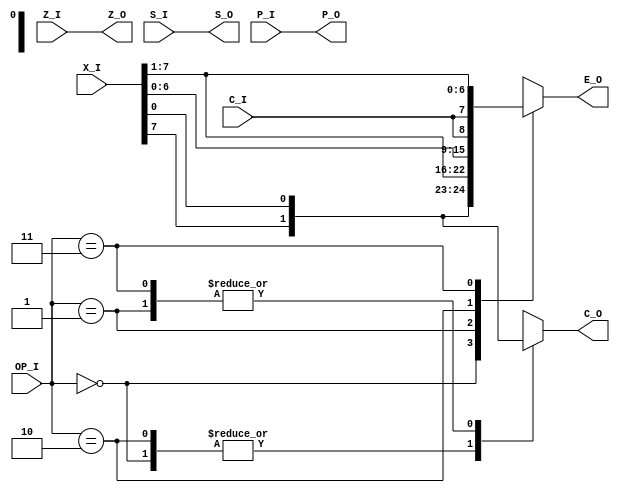
// **********
// COPYRIGHT(c) 2018, LUOYIN
// All rights reserved
// 
// IP LIB INDEX	:
// IP Name		: Intel8008
// Module Name	: cpu_rotate
// Full Name	: CPU Rotator
// 
// Data			: 2018/04/09
// Version		: 1.0
//
// Abstract		:
// Called By	: 
// 
// Modification Histroy
// 
// **********

// **********
// DEFINE MODEL PORT
// **********
//
module cpu_rotate(
	X_I, C_I, Z_I, S_I, P_I, OP_I,
	E_O, C_O, Z_O, S_O, P_O
);

	// **********
	// DEFINE PARAMETER
	// **********

	// **********
	// DEFINE INPUT
	// **********
	input wire [7:0] X_I;
	input wire C_I, Z_I, S_I, P_I;
	input wire [1:0] OP_I;

	// **********
	// DEFINE OUTPUT
	// **********
	output reg [7:0] E_O;
	output reg C_O;
	output wire Z_O, S_O, P_O;

	// **********
	// ATRRIBUTE
	// **********

	// **********
	// INSTANCE MODULE
	// **********

	// **********
	// MAIN CODE
	// **********
	assign Z_O=Z_I;
	assign S_O=S_I;
	assign P_O=P_I;
	
	always @(X_I, C_I, OP_I) begin
		case (OP_I)
			2'b00: begin
				E_O <= {X_I[6:0], X_I[7]};
				C_O <= X_I[7];
				end
			2'b01: begin
				E_O <= {X_I[0], X_I[7:1]};
				C_O <= X_I[0];
				end
			2'b10: begin
				{C_O, E_O} <= {X_I, C_I};
				end
			2'b11: begin
				{E_O, C_O} <= {C_I, X_I};
				end
			default: begin
				E_O <= X_I;
				C_O <= C_I;
				end
			endcase
		end

endmodule